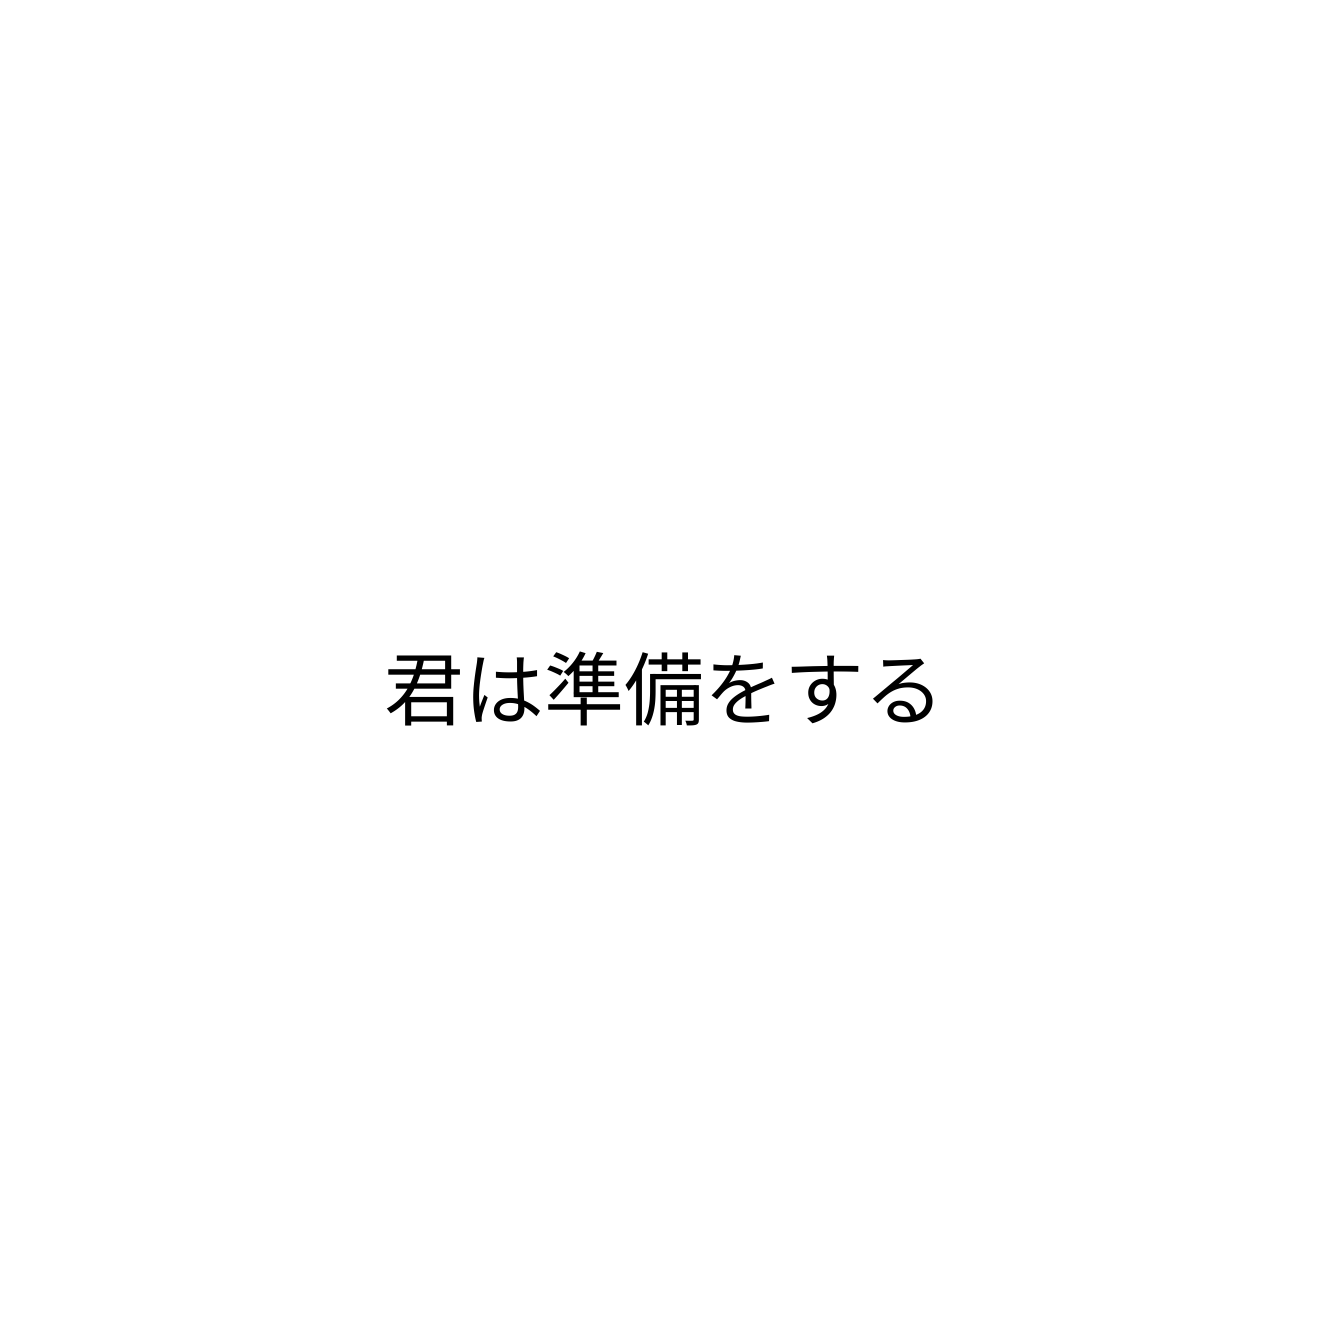
君は準備をする